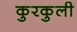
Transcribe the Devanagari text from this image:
कुरकुली